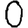
Digit: 0